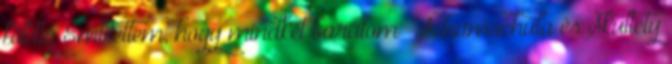
földig Említettem, hogy mindkét barátom – Schamschula és Skultéty